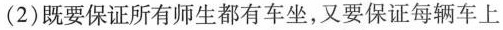
(2)既要保证所有师生都有车坐，又要保证每辆车上